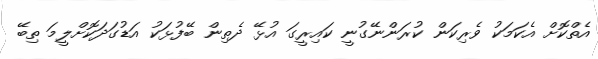
އެތްކޮށް އެކަމަކު ވެރިކަން ކުރަންނޭގުނީ ކައިރީގަ އުޅޭ ދެތިން ބޭފުޅަކު އަޑުގަދަކޮށްލީމަ ތިބޭ